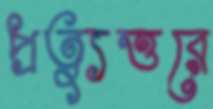
প্রত্যুত্তরে